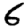
Digit: 6